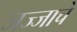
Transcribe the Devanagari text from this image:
जज्जाचे